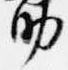
助